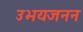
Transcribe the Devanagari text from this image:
उभयजनन